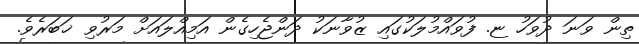
ތިން ވަނަ ދުވަހު ޏ. ފުވައްމުލަކުގައި ޒުވާނަކު ދަންޖެހިގެން އަމިއްލައަށް މަރުވި ޚަބަރެވެ.